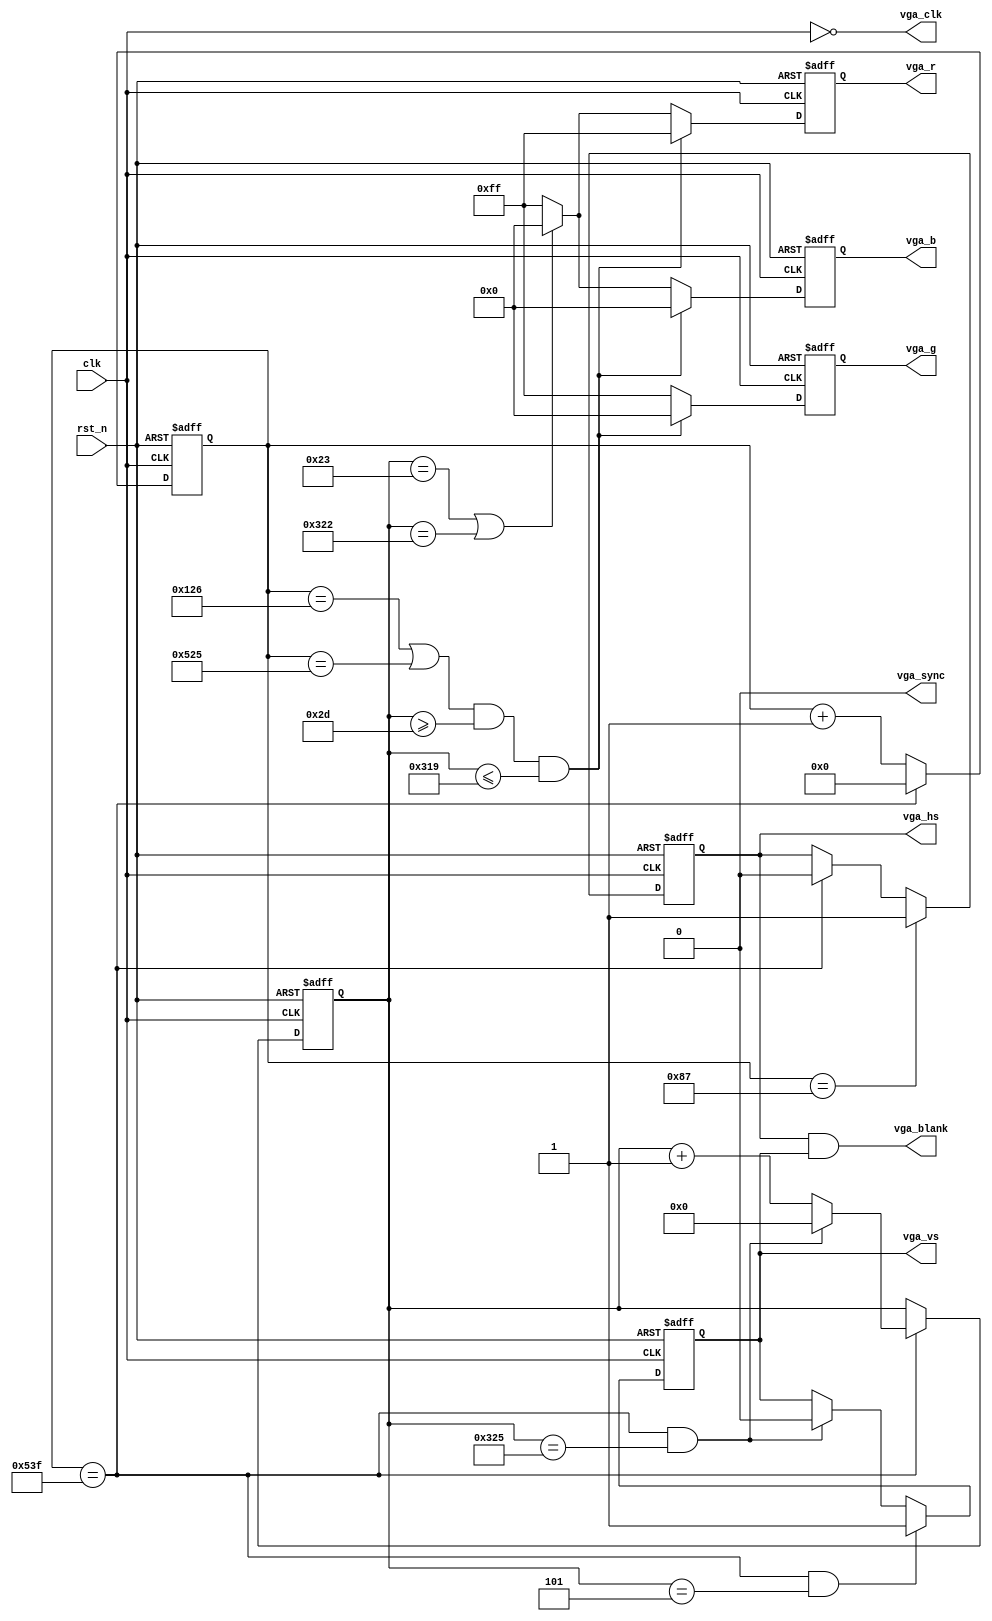
/************************************************************************
 * Create time   : 2018-04-08 16:57
 * Description   : 
 * *********************************************************************/
module  vga(
        input                   clk                     ,
        input                   rst_n                   ,
        //vga
        output  reg   [ 7: 0]   vga_r                   ,
        output  reg   [ 7: 0]   vga_g                   ,
        output  reg   [ 7: 0]   vga_b                   ,
        output  wire            vga_hs                  ,
        output  wire            vga_vs                  ,
        output  wire            vga_blank               ,
        output  wire            vga_sync                ,
        output  wire            vga_clk 
);
//=====================================================================\
// ********** Define Parameter and Internal Signals *************
//=====================================================================/
//ADV7123 t=t6+t8=7.5+15=22.5ns
/* 640*480@60Hz fclk=25MHz,Tclk=40ns,20ns>7.5ns,,
parameter   LinePeriod      =       800                         ;
parameter   H_SyncPulse     =       96                          ;
parameter   H_BackPorch     =       48                          ;
parameter   H_ActivePix     =       640                         ;
parameter   H_FrontPorch    =       16                          ;
parameter   Hde_start       =       H_SyncPulse + H_BackPorch   ; 
parameter   Hde_end         =       Hde_start + H_ActivePix     ; 

parameter   FramePeriod     =       525                         ;
parameter   V_SyncPulse     =       2                           ;
parameter   V_BackPorch     =       33                          ;
parameter   V_ActivePix     =       480                         ;
parameter   V_FrontPorch    =       10                          ;
parameter   Vde_start       =       V_SyncPulse + V_BackPorch   ; 
parameter   Vde_end         =       Vde_start + V_ActivePix     ; 
*/

// 1024*768@60Hz fclk=65MHz,Tclk=15.38ns,Tclk/27.5ns,,
parameter   LinePeriod      =       1344                        ;
parameter   H_SyncPulse     =       136                         ;
parameter   H_BackPorch     =       160                         ;
parameter   H_ActivePix     =       1024                        ;
parameter   H_FrontPorch    =       24                          ;
parameter   Hde_start       =       H_SyncPulse + H_BackPorch -1;// 
parameter   Hde_end         =       Hde_start + H_ActivePix     ;//Hde_start 

parameter   FramePeriod     =       806                         ;
parameter   V_SyncPulse     =       6                           ;
parameter   V_BackPorch     =       29                          ;
parameter   V_ActivePix     =       768                         ;
parameter   V_FrontPorch    =       3                           ;
parameter   Vde_start       =       V_SyncPulse + V_BackPorch   ; 
parameter   Vde_end         =       Vde_start + V_ActivePix     ; 

parameter   Red_Wide        =       20                          ;
parameter   Green_Length    =       150                         ;
parameter   Green_Wide      =       100                         ; 


reg                             hsync                           ;
reg                             vsync                           ;

reg     [10: 0]                 h_cnt                           ;
wire                            add_h_cnt                       ;
wire                            end_h_cnt                       ;

reg     [ 9: 0]                 v_cnt                           ;
wire                            add_v_cnt                       ; 
wire                            end_v_cnt                       ;

//======================================================================
// ***************      Main    Code    ****************
//======================================================================
assign  vga_sync    =       1'b0;
assign  vga_blank   =       vga_hs & vga_vs;
assign  vga_hs      =       hsync;
assign  vga_vs      =       vsync;
assign  vga_clk     =       ~clk;

always @(posedge clk or negedge rst_n)begin
    if(!rst_n)begin
        h_cnt <= 0;
    end
    else if(add_h_cnt)begin
        if(end_h_cnt)
            h_cnt <= 0;
        else
            h_cnt <= h_cnt + 1;
    end
end

assign add_h_cnt     =       1'b1;
assign end_h_cnt     =       add_h_cnt && h_cnt== LinePeriod-1;

always @(posedge clk or negedge rst_n)begin 
    if(!rst_n)begin
        v_cnt <= 0;
    end
    else if(add_v_cnt)begin
        if(end_v_cnt)
            v_cnt <= 0;
        else
            v_cnt <= v_cnt + 1;
    end
end

assign add_v_cnt     =       end_h_cnt;
assign end_v_cnt     =       add_v_cnt && v_cnt== FramePeriod-1;

//hsync
always  @(posedge clk or negedge rst_n)begin
    if(rst_n==1'b0)begin
        hsync   <=      1'b0;
    end
    else if(add_h_cnt && h_cnt == H_SyncPulse-1)begin
        hsync   <=      1'b1;
    end
    else if(end_h_cnt)begin
        hsync   <=      1'b0;
    end
end

//vsync
always  @(posedge clk or negedge rst_n)begin
    if(rst_n==1'b0)begin
        vsync   <=      1'b0;
    end
    else if(add_v_cnt && v_cnt == V_SyncPulse-1)begin
        vsync   <=      1'b1;
    end
    else if(end_v_cnt)begin
        vsync   <=      1'b0;
    end
end

always  @(posedge clk or negedge rst_n)begin
    if(rst_n==1'b0)begin
        vga_r   <=      8'h0;
        vga_g   <=      8'h0;
        vga_b   <=      8'h0;
    end
    else if(add_h_cnt && (h_cnt == Hde_start - 1|| h_cnt == Hde_end - 2) && v_cnt >= Vde_start + 10 && v_cnt <= Vde_end - 10)begin
        vga_r   <=      8'hff;
        vga_g   <=      8'h0;
        vga_b   <=      8'h0;
    end
    else if(v_cnt == Vde_start || v_cnt == Vde_end -1)begin  //v_cnt
        vga_r   <=      8'h0;
        vga_g   <=      8'hff;
        vga_b   <=      8'h0;
    end
    else begin
        vga_r   <=      8'hff;
        vga_g   <=      8'hff;
        vga_b   <=      8'hff;
    end
end


endmodule